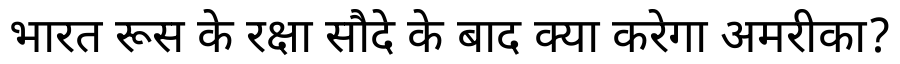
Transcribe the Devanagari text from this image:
भारत रूस के रक्षा सौदे के बाद क्या करेगा अमरीका?